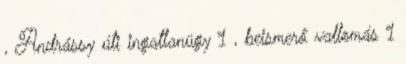
, Andrássy úti ingatlanügy 1 , beismerő vallomás 1